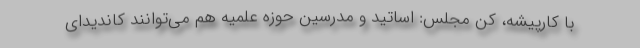
با کارپیشه، کن مجلس: اساتید و مدرسین حوزه علمیه هم می‌توانند کاندیدای